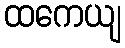
ထကေယျ